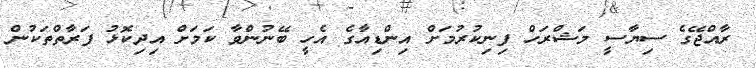
ރާއްޖޭގެ ސިޔާސީ މަޝްރަހް ފިނިކުރުމަށް އިންޑިއާގެ އެހީ ބޭނުންވާ ކަމަށް އިދިކޮޅު ފަރާތްތަކުން